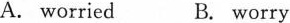
A. worried B. worry